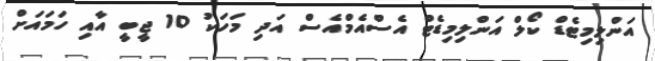
އަންލިމިޓެޑް ކޯލް އަންލިމިޑެޓް އެސްއެމްއެސް އަދި މަހަކު 10 ޖީބީ އާއި ހަމައަށް